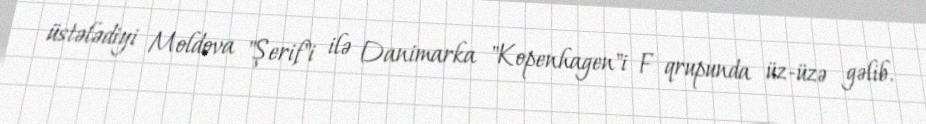
üstələdiyi Moldova "Şerif"i ilə Danimarka "Kopenhagen"i F qrupunda üz-üzə gəlib.